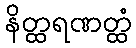
နိတ္ထရဏတ္ထံ